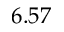
6 . 5 7